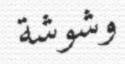
وشوشة